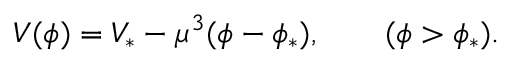
V ( \phi ) = V _ { \ast } - \mu ^ { 3 } ( \phi - \phi _ { \ast } ) , \qquad ( \phi > \phi _ { \ast } ) .